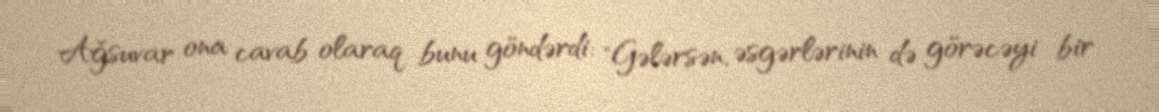
Ağsuvar ona cavab olaraq bunu göndərdi: "Gələrsən, əsgərlərinin də görəcəyi bir